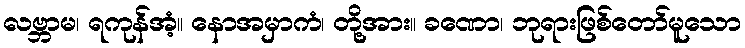
လဗ္ဘာမ၊ ရကုန်အံ့။ နောအမှာကံ၊ တို့အား။ ခဏော၊ ဘုရားဖြစ်တော်မူသော